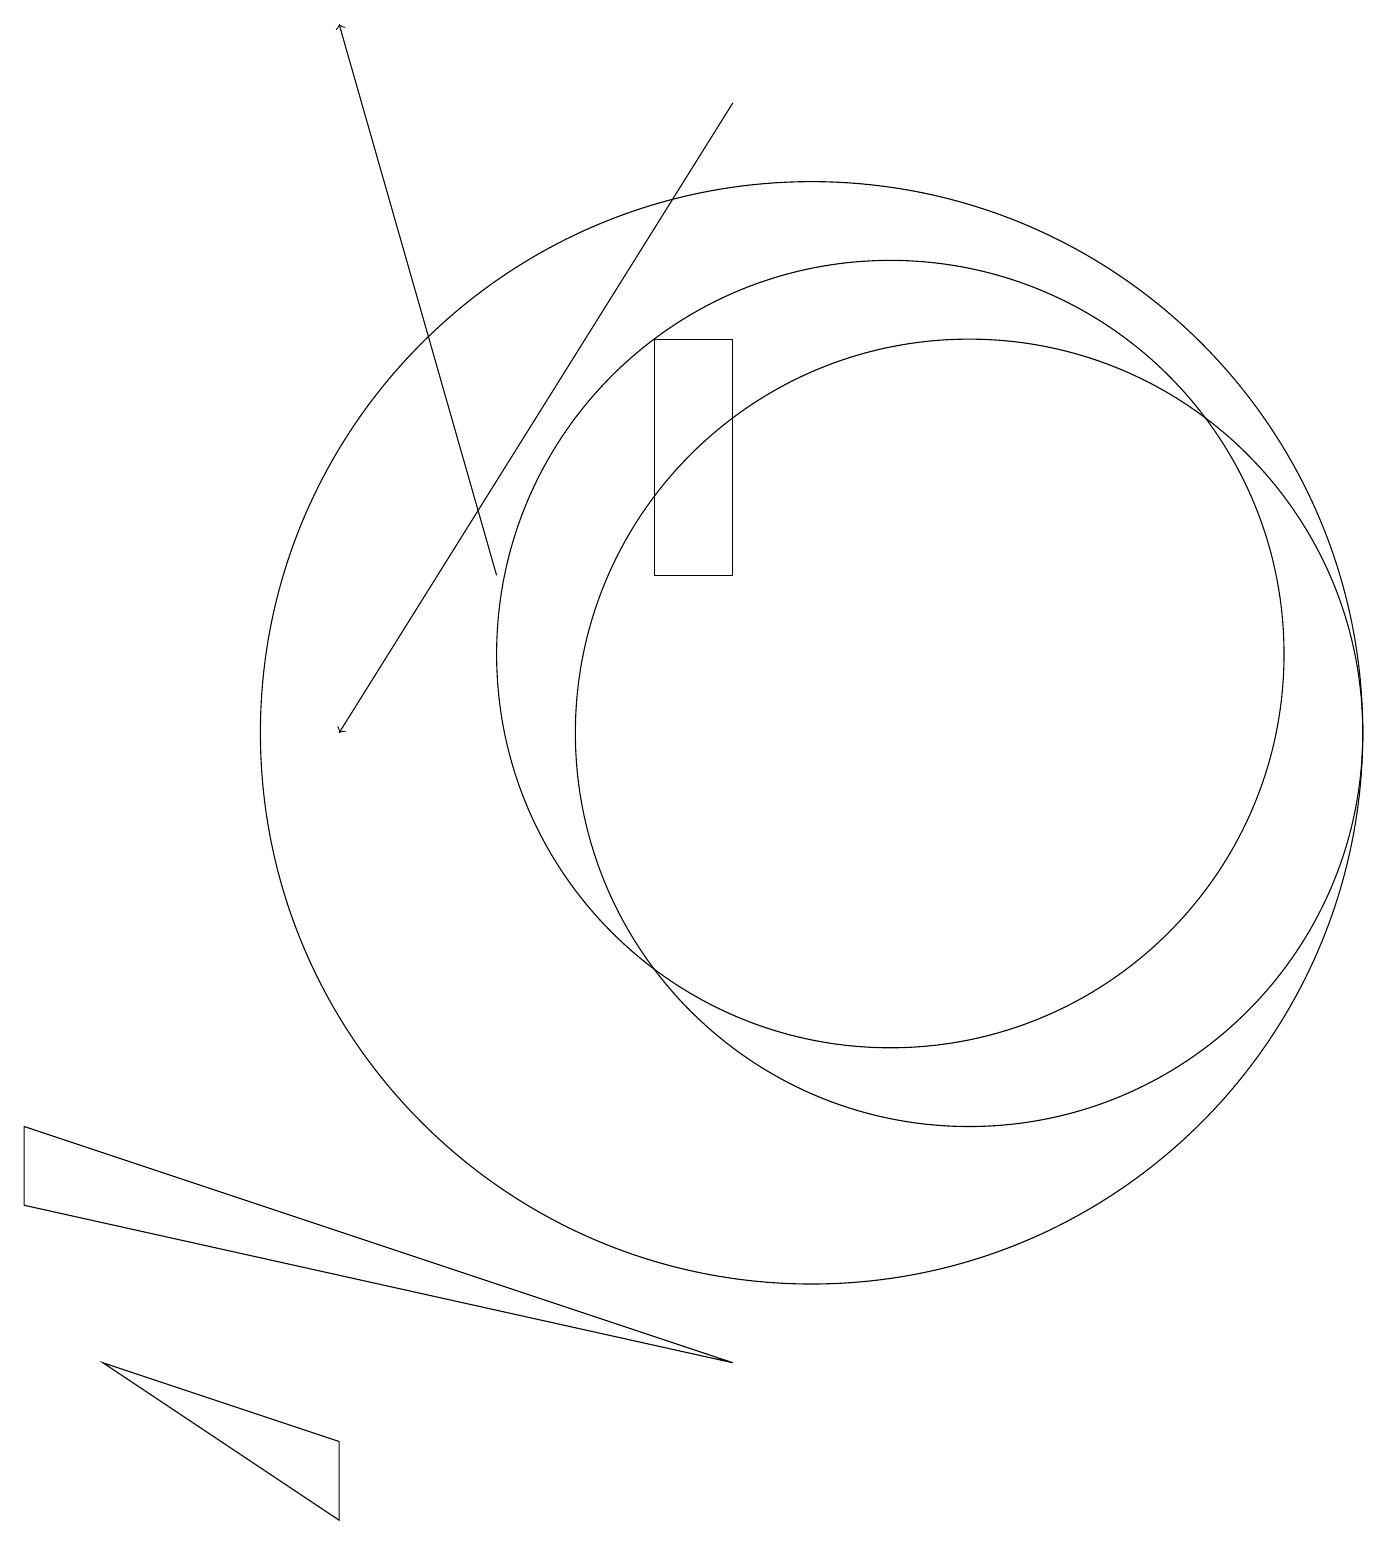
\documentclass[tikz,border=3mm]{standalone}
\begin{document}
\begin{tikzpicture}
\draw (12,10) circle (5);
\draw (10,10) circle (7);
\draw (4,0) -- (4,1) -- (1,2) -- cycle;
\draw (9,15) rectangle (8,12);
\draw[->] (9,18) -- (4,10);
\draw[->] (6,12) -- (4,19);
\draw (11,11) circle (5);
\draw (0,5) -- (0,4) -- (9,2) -- cycle;
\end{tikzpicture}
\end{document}